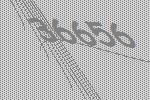
36656